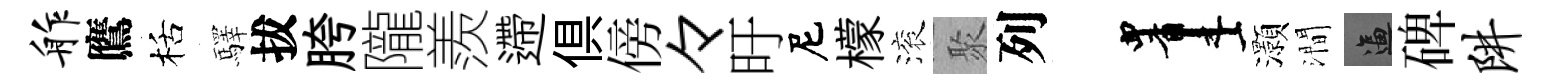
舴鷹栝驛拔胯隴羨遰俱傍々旴尼檬滚聚列画灝澗逼碑阱